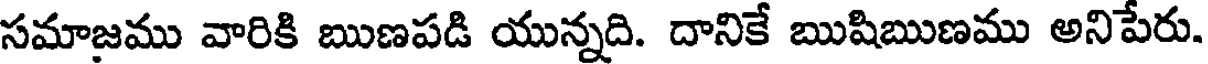
సమాజము వారికి ఋణపడి యున్నది. దానికే ఋషిఋణము అనిపేరు.